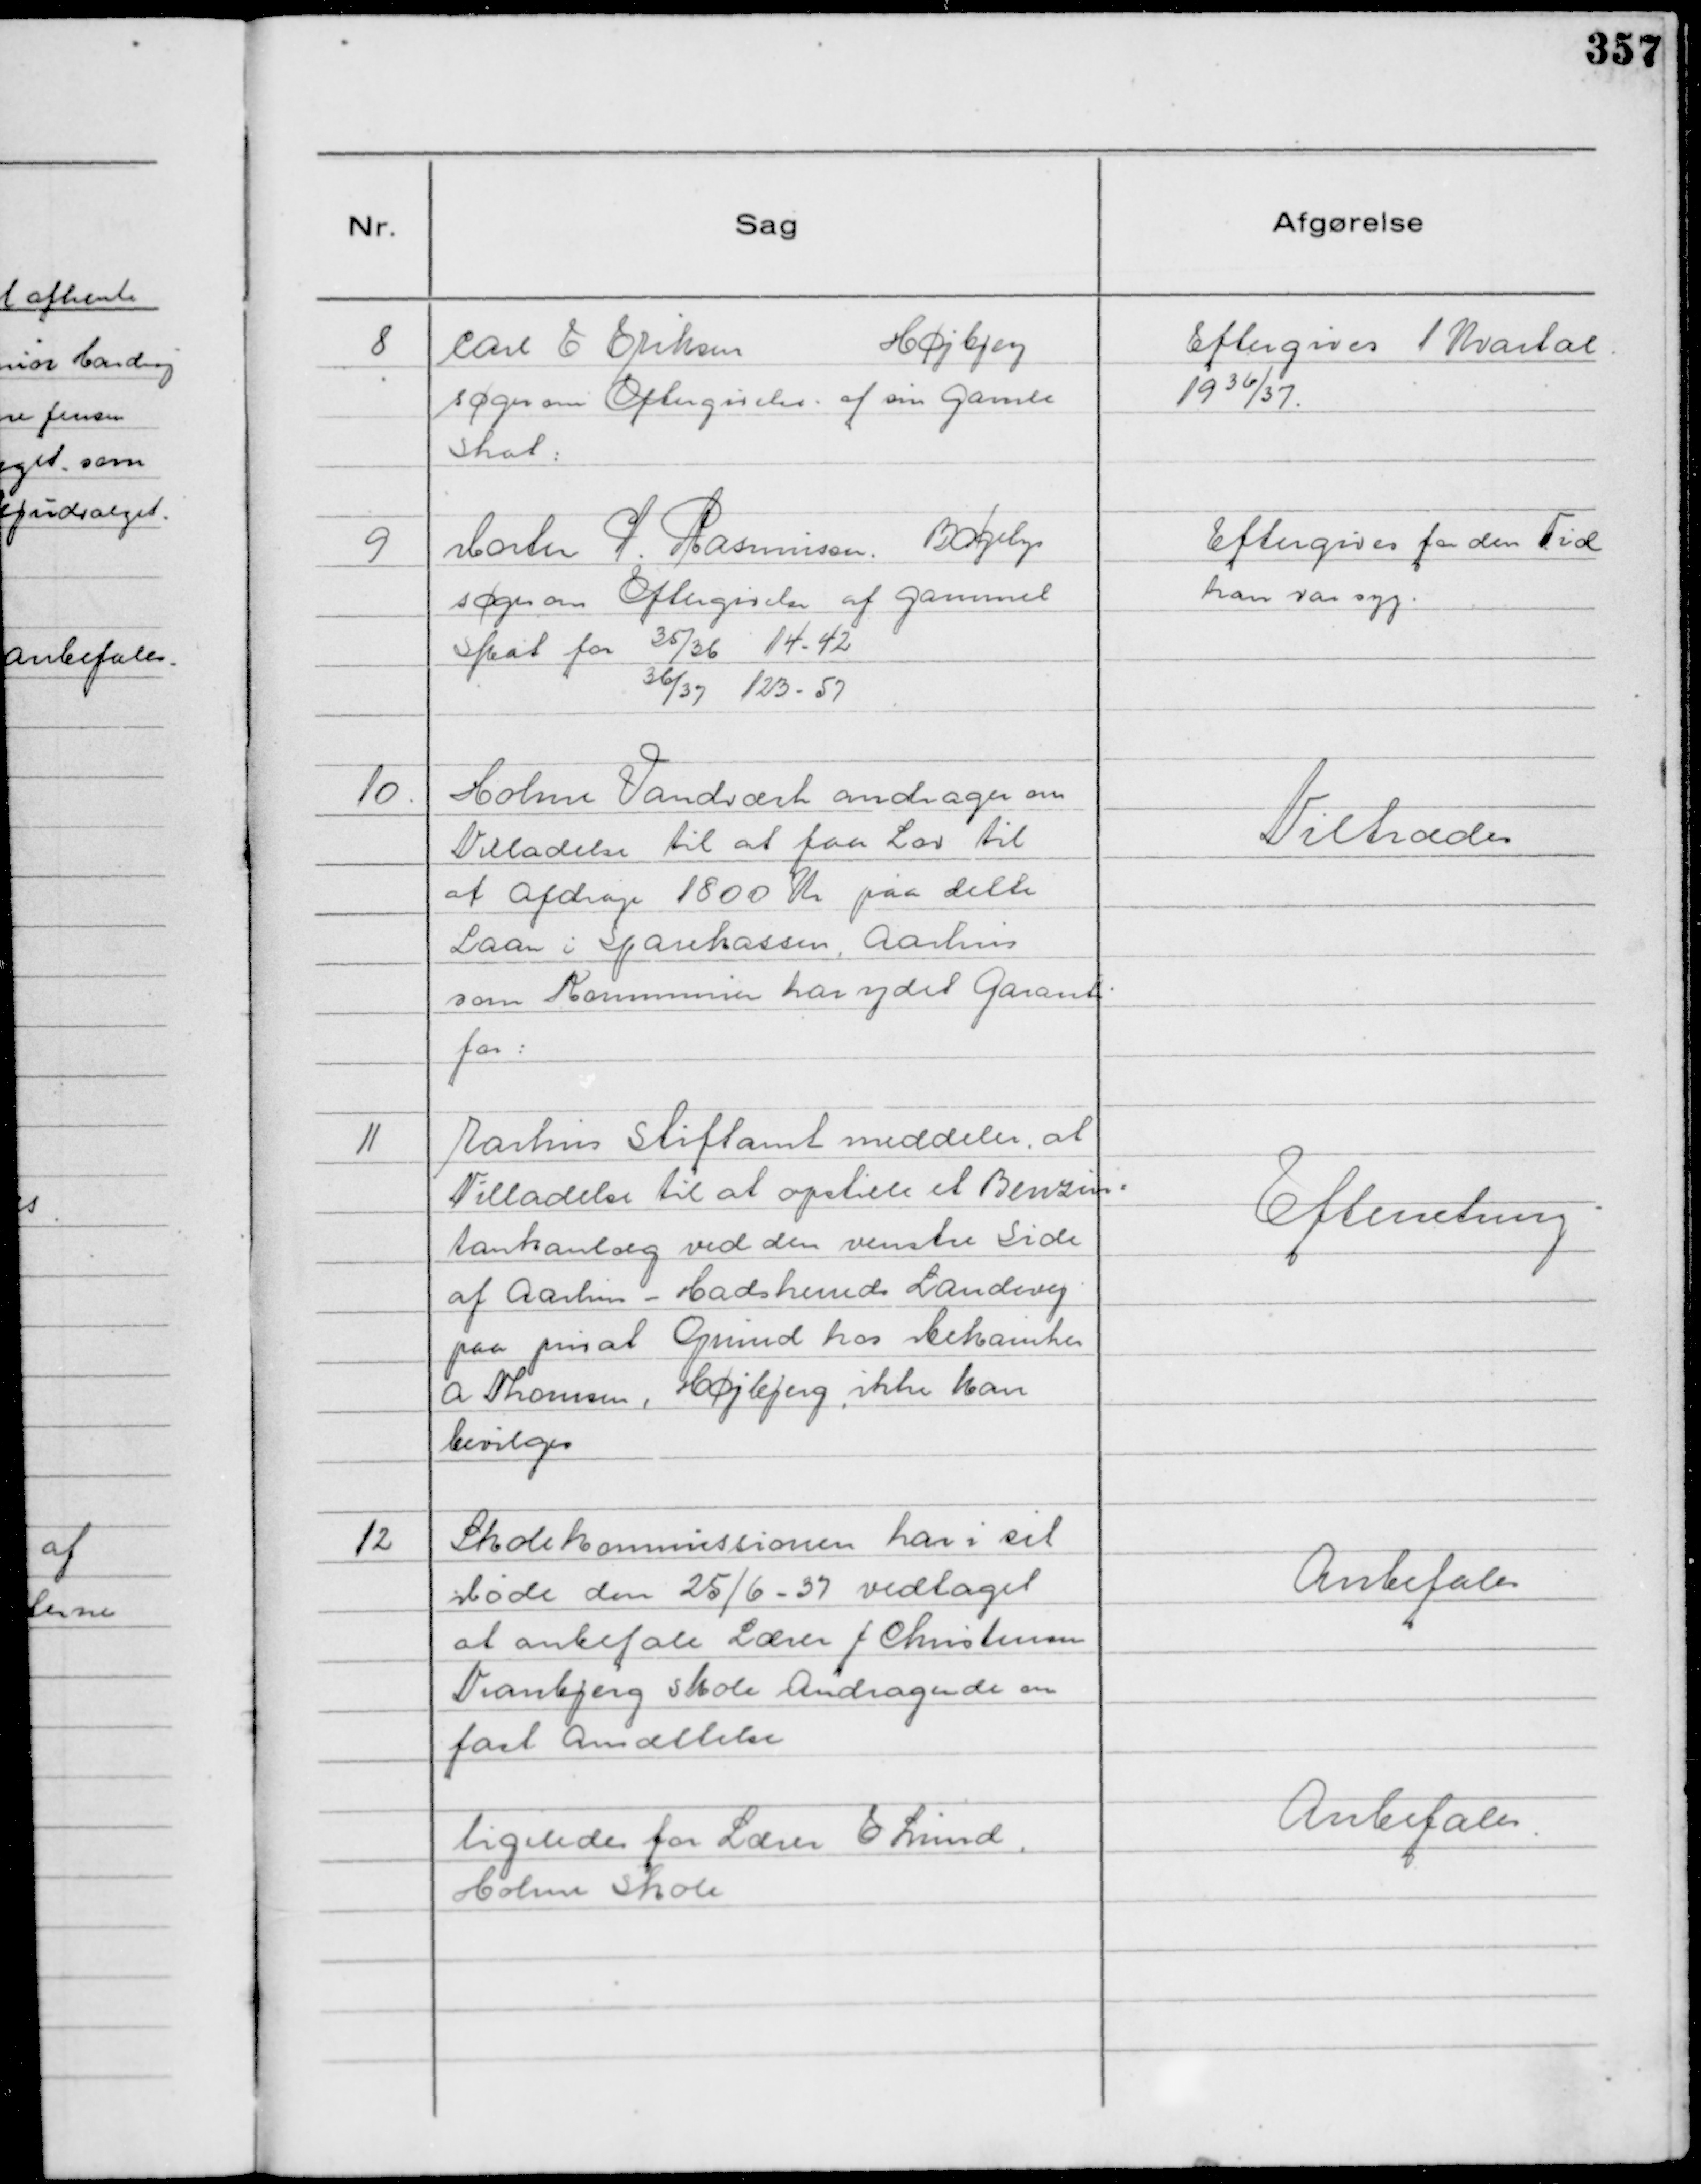
Transskription:
8
Carl E Eriksen
Højbjerg
søger om Eftergivelse . af sin gamle
Skat:

Eftergives 1 Kvartal
1936/37.

9
Morten P. Rasmussen. Bøgely
søger om Eftergivelse af gammel
Skat for 35/36 14-42
36/37 123 - 57

Eftergives for den Tid
han var syg.

10.
Holme Vandværk andrager om
Tilladelse til at faa Lov til
at afdrage 1800 Kr paa dette
Laan i Sparekassen, Aarhus
som Kommunen har ydet Garanti
for:

Tiltrædes

11
Aarhus Stiftamt meddeler, at
Tilladelse til at opstille et Benzin=
tankanlæg ved den venstre Side
af Aarhus - Hadsherreds Landevej
paa privat Grund hos Mekaniker
A Thomsen, Højbjerg, ikke kan
bevilges

Efterretning

12
Skolekommissionen har i sit
Møde den 25/6 - 37 vedtaget
at anbefale Lærer J Christensens
Tranbjerg Skole Andragende om
fast Ansættelse
Anbefales
ligeledes for Lærer E Lund,
Holme Skole
Anbefales.